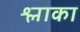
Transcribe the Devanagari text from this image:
श्लाका